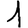
Digit: 1